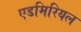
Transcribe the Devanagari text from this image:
एडमिरियल